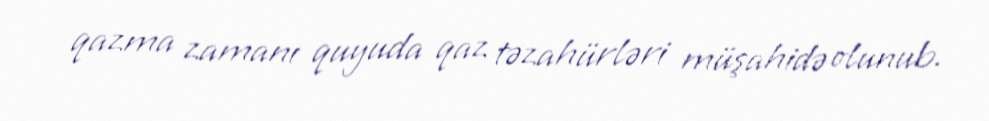
qazma zamanı quyuda qaz təzahürləri müşahidə olunub.